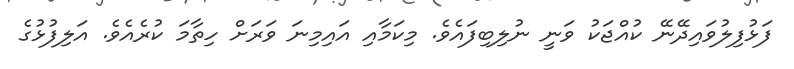
ފަޅުފިލުވައިދޭނޭ ކުއްޖަކު ވަނީ ނުލިބިފައެވެ. މިކަމާއި އައިމިނަ ވަރަށް ހިތާމަ ކުރެއެވެ. އަލިފުޅުގެ